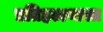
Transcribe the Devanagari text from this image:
प्रतिहल्ल्याला